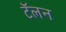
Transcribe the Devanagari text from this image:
टॅलन